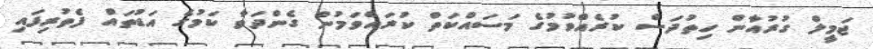
ޖަމީލް ގުރުއާން ހިތުދަސް ކުރެއްވުމުގެ މަސައްކަތް ކުރައްވަމުން ގެންދަވާ ކަމުގެ އަޑުތައް ފެތުރިފައި